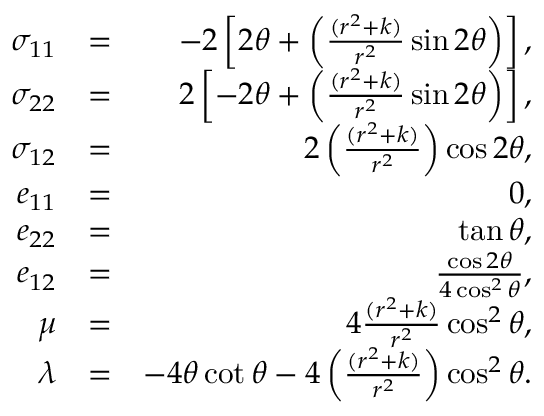
\begin{array} { r l r } { \sigma _ { 1 1 } } & { = } & { - 2 \left[ 2 \theta + \left( \frac { ( r ^ { 2 } + k ) } { r ^ { 2 } } \sin { 2 \theta } \right) \right] , } \\ { \sigma _ { 2 2 } } & { = } & { 2 \left[ - 2 \theta + \left( \frac { ( r ^ { 2 } + k ) } { r ^ { 2 } } \sin { 2 \theta } \right) \right] , } \\ { \sigma _ { 1 2 } } & { = } & { 2 \left( \frac { ( r ^ { 2 } + k ) } { r ^ { 2 } } \right) \cos { 2 \theta } , } \\ { e _ { 1 1 } } & { = } & { 0 , } \\ { e _ { 2 2 } } & { = } & { \tan { \theta } , } \\ { e _ { 1 2 } } & { = } & { \frac { \cos { 2 \theta } } { 4 \cos ^ { 2 } { \theta } } , } \\ { \mu } & { = } & { 4 \frac { ( r ^ { 2 } + k ) } { r ^ { 2 } } \cos ^ { 2 } { \theta } , } \\ { \lambda } & { = } & { - 4 \theta \cot { \theta } - 4 \left( \frac { ( r ^ { 2 } + k ) } { r ^ { 2 } } \right) \cos ^ { 2 } { \theta } . } \end{array}